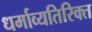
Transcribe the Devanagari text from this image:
धर्माव्यतिरिक्त